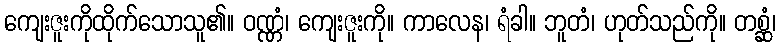
ကျေးဇူးကိုထိုက်သောသူ၏။ ဝဏ္ဏံ၊ ကျေးဇူးကို။ ကာလေန၊ ရံခါ။ ဘူတံ၊ ဟုတ်သည်ကို။ တစ္ဆံ၊